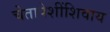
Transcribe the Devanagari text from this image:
चेतापेशींशिवाय